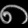
Digit: ၈